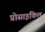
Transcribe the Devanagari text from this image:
प्रोसाइकिल